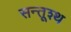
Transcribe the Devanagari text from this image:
सन्तूश्थ